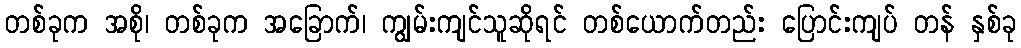
တစ်ခုက အစို၊ တစ်ခုက အခြောက်၊ ကျွမ်းကျင်သူဆိုရင် တစ်ယောက်တည်း ပြောင်းကျပ် တန် နှစ်ခု